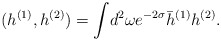
\begin{align*}(h^{(1)}, h^{(2)}) = \int \! d^{2}\omega e^{-2\sigma} \bar{h}^{(1)} h^{(2)}.\end{align*}